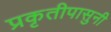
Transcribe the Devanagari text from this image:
प्रकृतीपासुनी